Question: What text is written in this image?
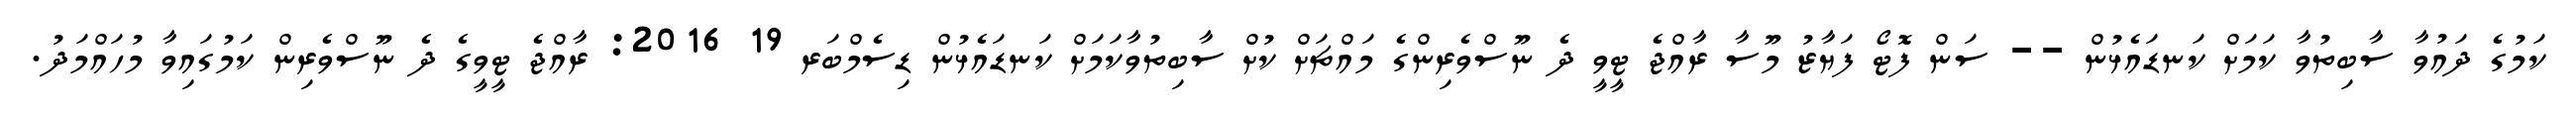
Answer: ކަމުގެ ދައުވާ ސާބިތުވާ ކަމަށް ކަނޑައެޅުން -- ސަން ފޮޓޯ ފަޔާޒު މޫސާ ރާއްޖެ ޓީވީ ދެ ނޫސްވެރިންގެ މައްޗަށް ކުށް ސާބިތުވާކަމަށް ކަނޑައެޅުން ޑިސެމްބަރ 19 2016: ރާއްޖެ ޓީވީގެ ދެ ނޫސްވެރިން ކަމުގައިވާ މުހައްމަދު.